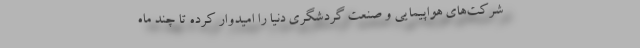
شرکت‌های هواپیمایی و صنعت گردشگری دنیا را امیدوار کرده تا چند ماه